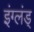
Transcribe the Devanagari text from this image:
इंग्लंड्